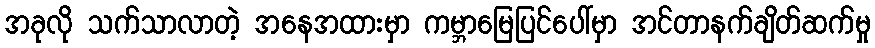
အခုလို သက်သာလာတဲ့ အနေအထားမှာ ကမ္ဘာမြေပြင်ပေါ်မှာ အင်တာနက်ချိတ်ဆက်မှု